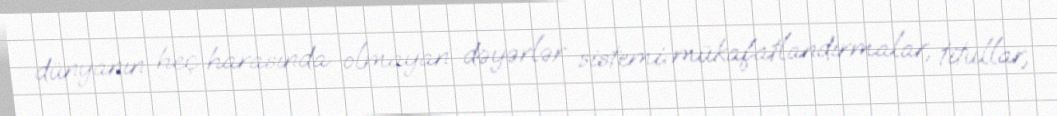
dünyanın heç harasında olmayan dəyərlər sistemi: mükafatlandırmalar, titullar,